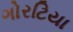
ગોરટિયા